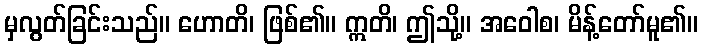
မှလွတ်ခြင်းသည်။ ဟောတိ၊ ဖြစ်၏။ ဣတိ၊ ဤသို့။ အဝေါစ၊ မိန့်တော်မူ၏။